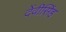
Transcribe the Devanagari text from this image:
देंवीसिंह